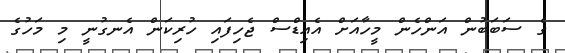
ގެ ސަބަބުން އަންހެން މީހާއަށް އެއިޑްސް ޖެހިފައި ހުރިކަން އެނގުނީ މި މަހުގެ